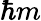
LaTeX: \hbar m